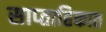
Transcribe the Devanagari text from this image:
साप्‍ताहिकात